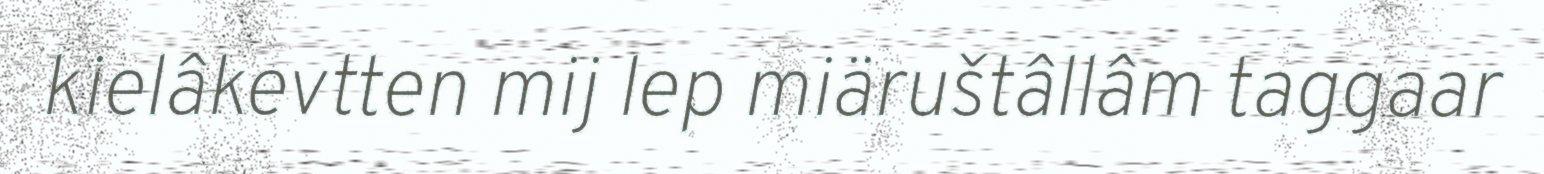
kielâkevtten mij lep miäruštâllâm taggaar